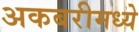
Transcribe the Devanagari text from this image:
अकबरीमध्ये